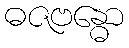
ဓဇဗန္ဓော